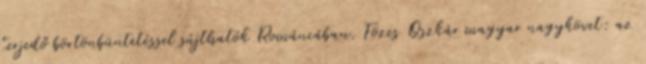
terjedő börtönbüntetéssel sújthatók Romániában. Fözes Oszkár magyar nagykövet: az